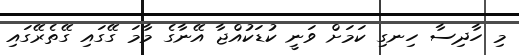
މި ހާދިސާ ހިނގި ކަމަށް ވަނީ ކުޑަކުއްޖާ އޭނާގެ މާމަ ގޭގައި ގޭތެރޭގައި